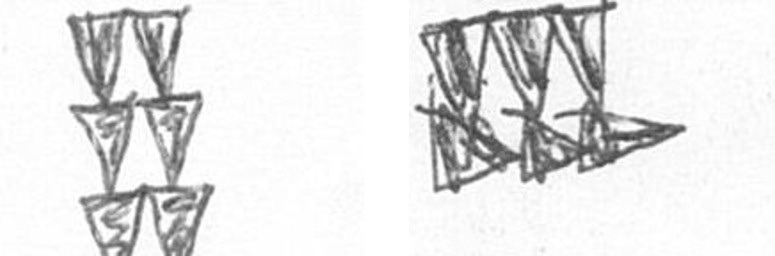
Y D